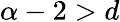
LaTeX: \alpha-2>d